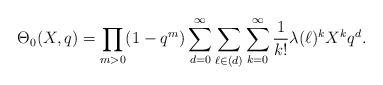
\begin{align*}\Theta_0(X,q)=\prod_{m>0}(1-q^m)\sum_{d=0}^{\infty}\sum_{\ell\in (d)} \sum_{k=0}^{\infty}\frac{1}{k!}\lambda(\ell)^k X^k q^d.\end{align*}